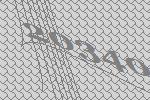
20340